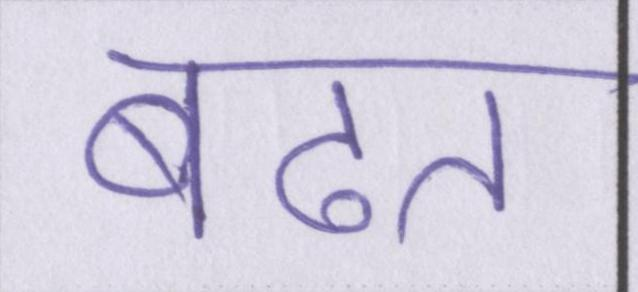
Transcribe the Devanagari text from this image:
बढत